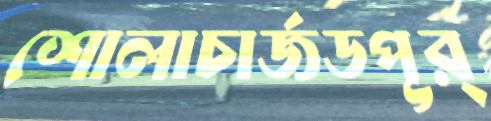
শোলাচার্জডপূর্